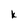
Character: k